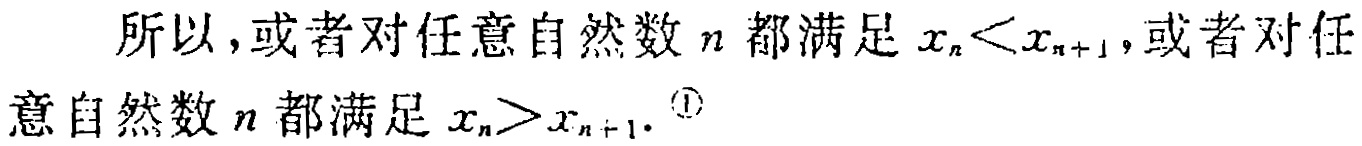
所以，或者对任意自然数\(n\)都满足\(x_{n}<x_{n + 1}\)，或者对任意自然数\(n\)都满足\(x_{n}>x_{n + 1}\).\(^{\textcircled{1}}\)